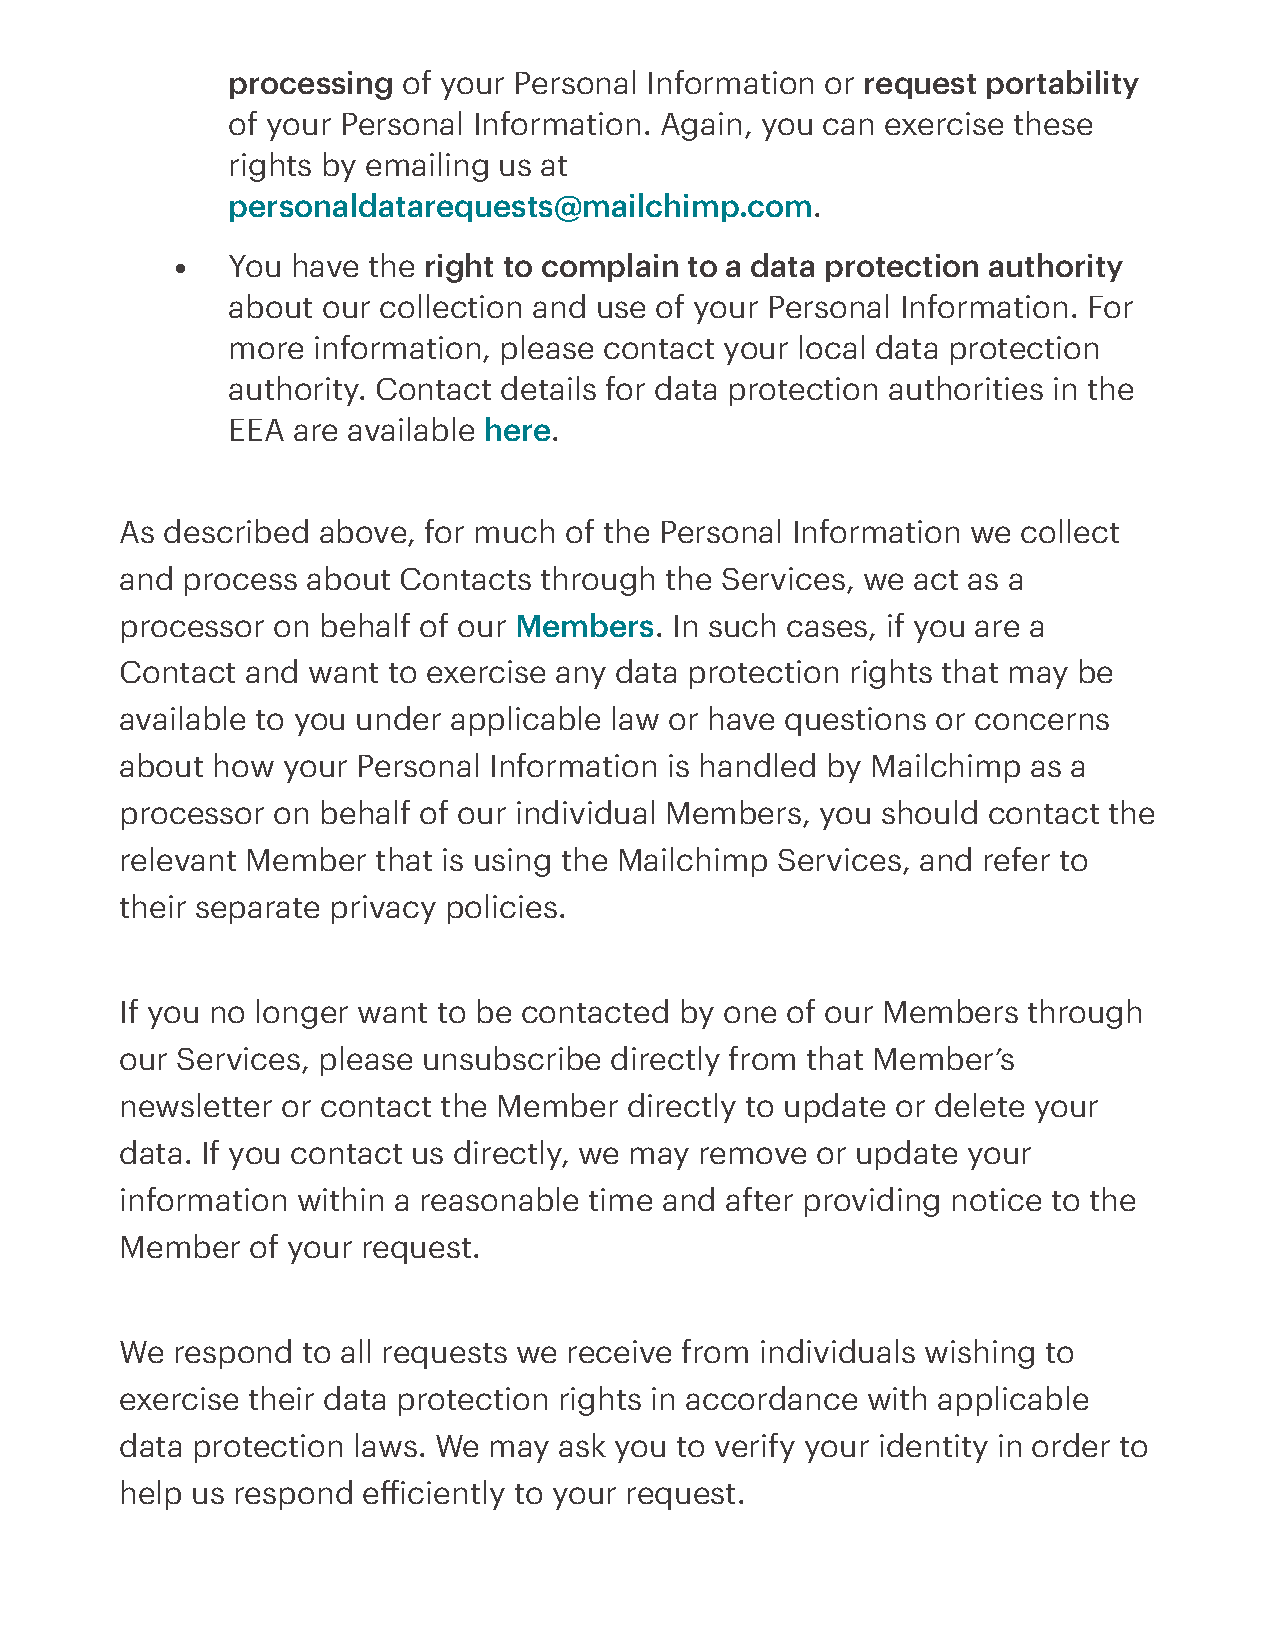
processing  of your Personal Information or request portability
 of your Personal Information. Again, you can exercise these
 rights by emailing us at
 personaldatarequests@mailchimp.com.
 You have the right to complain to a data protection authority
 about our collection and use of your Personal Information. For
 more  information, please contact your local data protection
 authority. Contact details for data protection authorities in the
 EEA are available here.
 As described above, for much of the Personal Information we collect
 and process about Contacts  through the Services, we act as a
 processor on behalf of our Members. In such cases, if you are a
 Contact and want  to exercise any data protection rights that may be
 available to you under applicable law or have questions or concerns
 about how  your Personal Information is handled by Mailchimp as a
 processor on behalf of our individual Members, you should contact the
 relevant Member  that is using the Mailchimp Services, and refer to
 their separate privacy policies.
 If you no longer want to be contacted by one of our Members through
 our Services, please unsubscribe directly from that Member’s
 newsletter or contact the Member directly to update or delete your
 data. If you contact us directly, we may remove or update your
 information within a reasonable time and after providing notice to the
 Member   of your request.
 We respond  to all requests we receive from individuals wishing to
 exercise their data protection rights in accordance with applicable
 data protection laws. We may ask you to verify your identity in order to
 help us respond eiciently to your request.